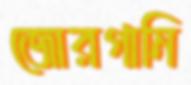
জোরগানি